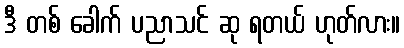
ဒီ တစ် ခေါက် ပညာသင် ဆု ရတယ် ဟုတ်လား။